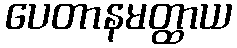
ပေတာနမတ္ထာယ